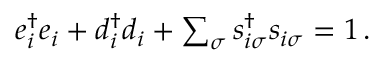
\begin{array} { r } { e _ { i } ^ { \dagger } e _ { i } + d _ { i } ^ { \dagger } d _ { i } + \sum _ { \sigma } s _ { i \sigma } ^ { \dagger } s _ { i \sigma } = 1 \, . } \end{array}